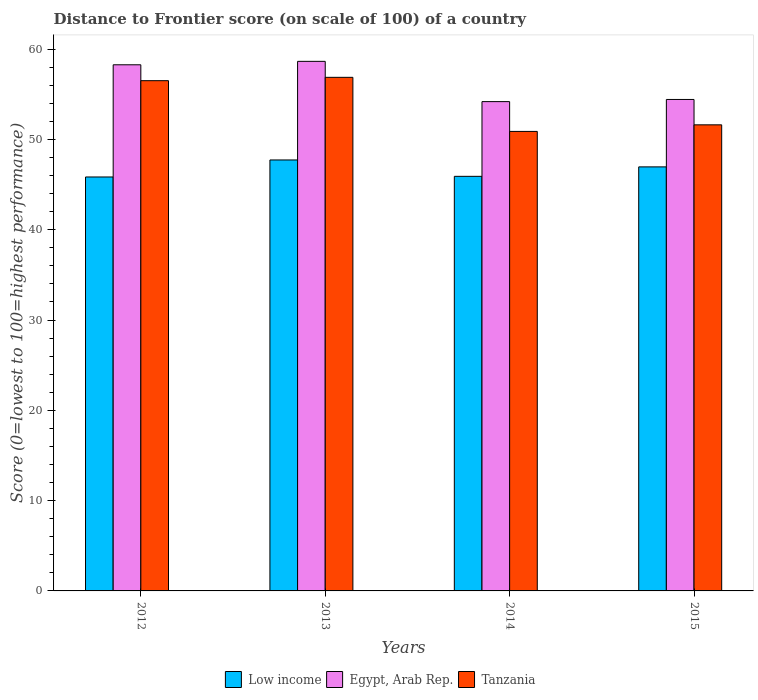
| Years | Low income | Egypt, Arab Rep. | Tanzania |
 | --- | --- | --- | --- |
 | 2012 | 45.8 | 58.3 | 56.5 |
 | 2013 | 47.7 | 58.6 | 56.9 |
 | 2014 | 45.9 | 54.2 | 50.9 |
 | 2015 | 47 | 54.4 | 51.6 |